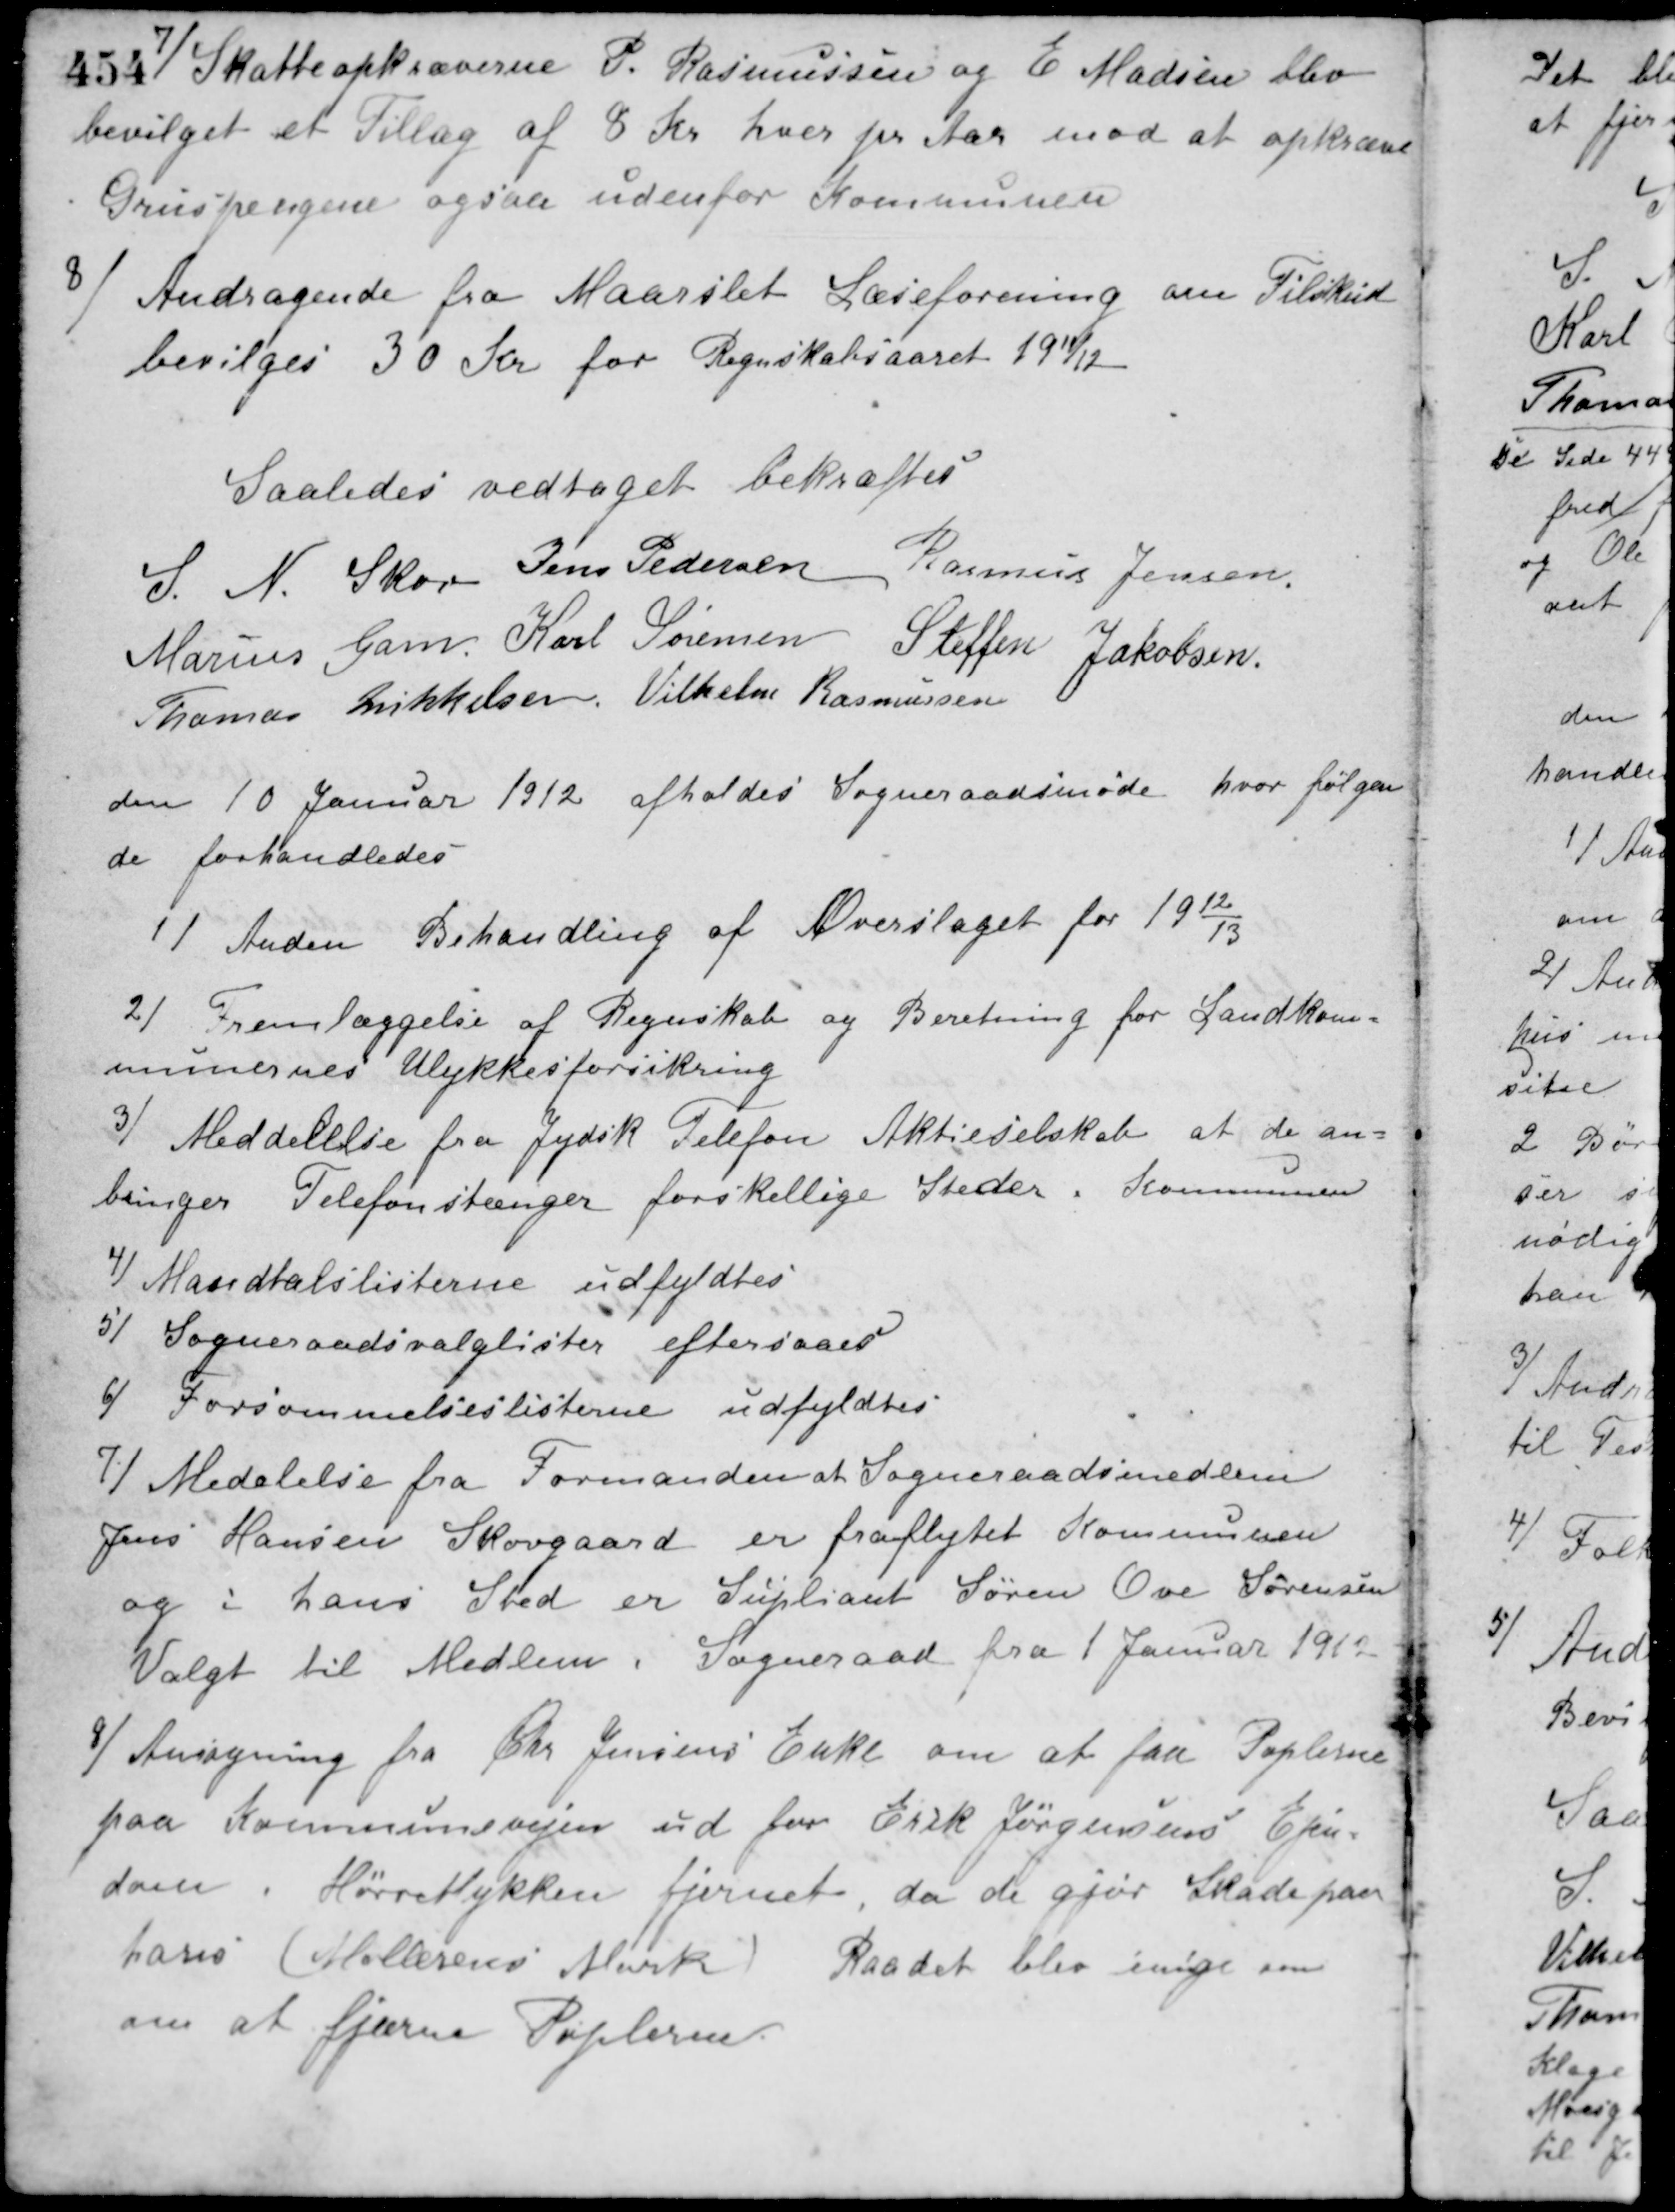
Transskription:
Skatteopkræverne P. Rasmussen og E Madsen blev
7/
bevilget et Tillæg af 8 Kr. hver pr. Aar mod at opkræve
Gruspengene ogsaa udenfor Kommunen.
8/ Andragende fra Maarslet Læseforening om Tilskud.
bevilges 30 Kr. for Regnskabsaaret 1911/12.
Saaledes vedtaget bekræftes
S. N. Skov Jens Pedersen Rasmus Jensen
Marius Gam Karl Sørensen Steffen Jakobsen
Thomas Mikkelsen Vilhelm Rasmussen
den 10 Januar 1912 afholdes Sogneraadsmøde hvor følgen-
de forhandledes
1/ Anden Behandling af Overslaget for 1912/13.
2/ Fremlæggelse af Regnskab og Beretning for Landkom-
munernes Ulykkesforsikring.
3/ Meddelelse fra Jydsk Telefon Aktieselskab at de an-
bringer Telefonstænger forskellige Steder i Kommunen.
4/ Mandtalslisterne udfyldtes.
5/ Sogneraadsvalglister eftersaaes.
6/ Forsømmelseslisterne udfyldtes.
7/ Medelelse fra Formanden at Sogneraadsmedlem
Jens Hansen Skovgaard er fraflytet Kommunen
og i hans Sted er Supliant Søren Ove Sørensen
Valgt til Medlem i Sogneraad fra 1 Januar 1912.
8/ Ansøgning fra Chr. Jensens Enke om at faa Poplerne
paa Kommunevejen ud for Erik Jörgensens Ejen-
dom i Hørrelykken fjernet, da de gjør Skade paa
hans (Møllerens Mark). Raadet blev enige om
om at fjerne Poplerne.